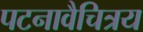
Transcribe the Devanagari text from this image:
पटनावैचित्रय